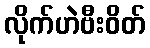
လိုက်ဟဲဗီးဝိတ်